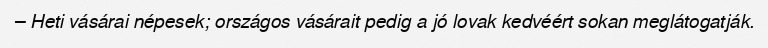
– Heti vásárai népesek; országos vásárait pedig a jó lovak kedvéért sokan meglátogatják.